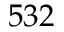
5 3 2